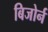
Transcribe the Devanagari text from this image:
बिजोर्न